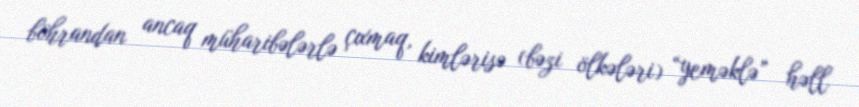
böhrandan ancaq müharibələrlə çıxmaq, kimlərisə (bəzi ölkələri) “yeməklə” həll